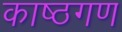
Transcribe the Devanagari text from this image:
काष्ठगण